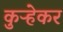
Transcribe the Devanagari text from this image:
कुऱ्हेकर